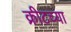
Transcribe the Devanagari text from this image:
क्रीटच्या